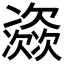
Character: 𱤺